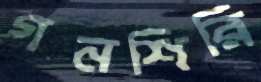
গনশিরি